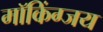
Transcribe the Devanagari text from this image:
मॉकिंग्जय